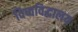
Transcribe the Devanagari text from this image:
विष्वविद्धालय